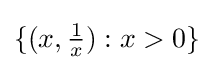
\textstyle \{(x,{\frac {1}{x}}):x>0\}